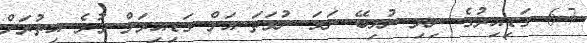
6-7 ގަޑިއިރުުގެ ނިިދި ނުލިބޭ ނަމަ ނުވަތަ އަށް ގަޑިއިރަށް ވުރެ އިތުރަށް